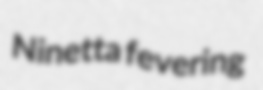
Ninetta fevering